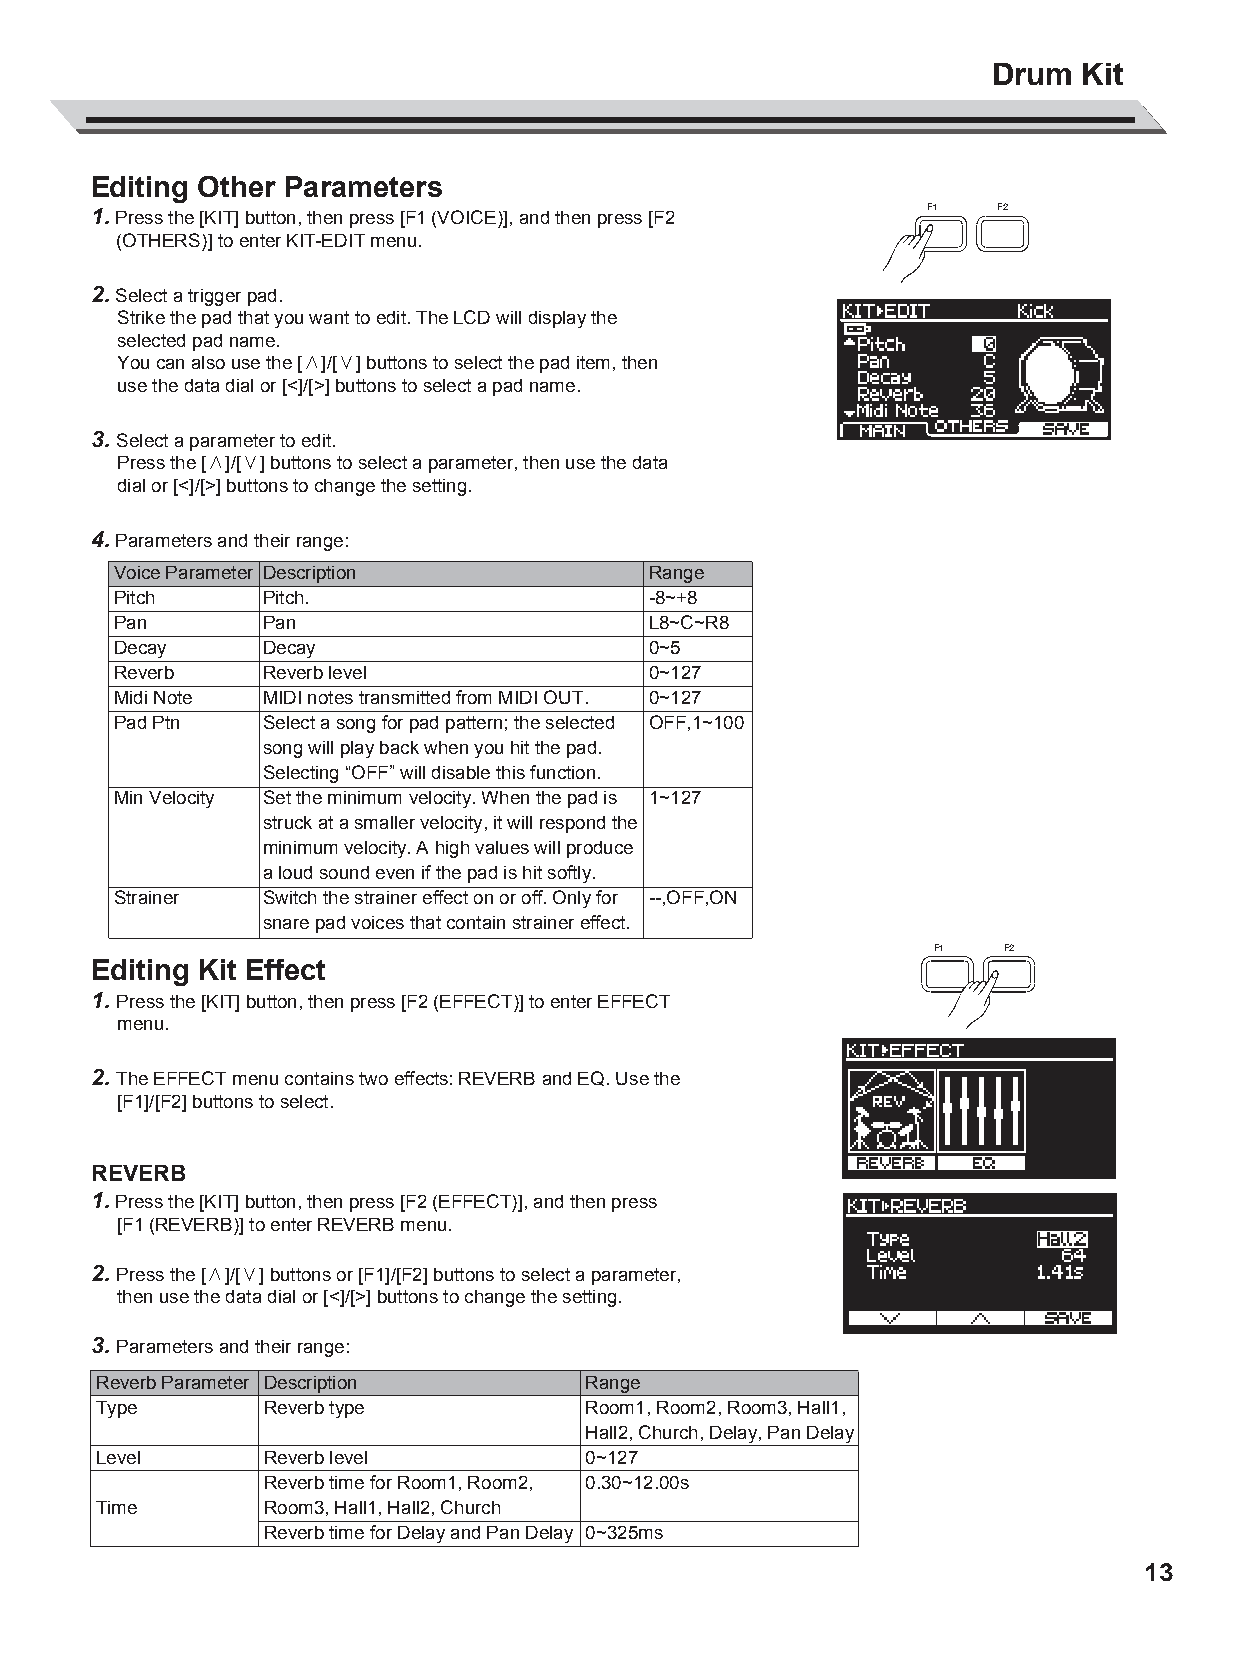
AW_DD638DX_manual_G02_180621.pdf 13 18-6-21 13:16
 Drum  Kit
 Editing Other Parameters
 1. Press the [KIT] button, then press [F1 (VOICE)], and then press [F2 F1 F2
 (OTHERS)] to enter KIT-EDIT menu.
 2. Select a trigger pad.
 Strike the pad that you want to edit. The LCD will display the
 selected pad name.
 You can also use the [∧]/[∨] buttons to select the pad item, then
 use the data dial or [<]/[>] buttons to select a pad name.
 3. Select a parameter to edit.
 Press the [∧]/[∨] buttons to select a parameter, then use the data
 dial or [<]/[>] buttons to change the setting.
 4. Parameters and their range:
 Voice Parameter Description        Range
 Pitch     Pitch.                   -8~+8
 Pan       Pan                      L8~C~R8
 Decay     Decay                    0~5
 Reverb    Reverb level             0~127
 Midi Note MIDI notes transmitted from MIDI OUT. 0~127
 C         Pad Ptn   Select a song for pad pattern; the selected OFF,1~100
 M                   song will play back when you hit the pad.
 Selecting “OFF” will disable this function.
 Y
 Min Velocity Set the minimum velocity. When the pad is 1~127
 CM
 struck at a smaller velocity, it will respond the
 MY                  minimum velocity. A high values will produce
 CY                  a loud sound even if the pad is hit softly.
 Strainer  Switch the strainer effect on or off. Only for --,OFF,ON
 CMY
 snare pad voices that contain strainer effect.
 K
 F1   F2
 Editing Kit Effect
 1. Press the [KIT] button, then press [F2 (EFFECT)] to enter EFFECT
 menu.
 2. The EFFECT menu contains two effects: REVERB and EQ. Use the
 [F1]/[F2] buttons to select.
 REVERB
 1. Press the [KIT] button, then press [F2 (EFFECT)], and then press
 [F1 (REVERB)] to enter REVERB menu.
 2. Press the [∧]/[∨] buttons or [F1]/[F2] buttons to select a parameter,
 then use the data dial or [<]/[>] buttons to change the setting.
 3. Parameters and their range:
 Reverb Parameter Description    Range
 Type       Reverb type          Room1, Room2, Room3, Hall1,
 Hall2, Church, Delay, Pan Delay
 Level      Reverb level         0~127
 Reverb time for Room1, Room2, 0.30~12.00s
 Time       Room3, Hall1, Hall2, Church
 Reverb time for Delay and Pan Delay 0~325ms
 13